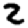
Digit: 2